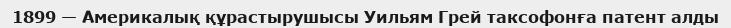
1899 — Америкалық құрастырушысы Уильям Грей таксофонға патент алды